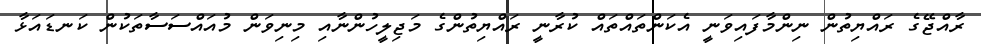
ރާއްޖޭގެ ރައްޔިތުން ނިންމާފައިވަނީ އެކަންތައްތައް ކުރާނީ ރައްޔިތުންގެ މަޖިލީހުންނާއި މިނިވަން މުއައްސަސާތަކުން ކަނޑައަޅާ